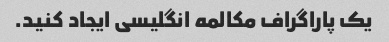
یک پاراگراف مکالمه انگلیسی ایجاد کنید.